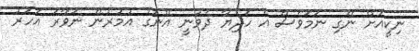
ނިކީއަށް ނޭގި ނަމަވެސް އެ ހަދިޔާ ދެވުނީ އޭނަގެ އުމުރުން ނަވާރަ އަހަރު